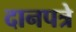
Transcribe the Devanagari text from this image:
दानपत्रे